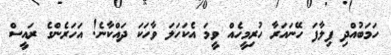
ހަމަބުއްދި ފިލާފަ ހޭނައަރާ ހުރިމީހެއް ވީމަ އެކަހަލަ ވާހަކަ ދައްކާނެ! އަހަރެންގެ ރައީސް